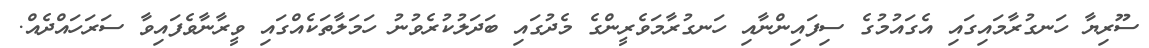
ސޫރިޔާ ހަނގުރާމައިގައި އެގައުމުގެ ސިފައިންނާއި ހަނގުރާމަވެރީންގެ މެދުގައި ބަދަލުކުރެވުނު ހަމަލާތަކެއްގައި ވީރާނާވެފައިވާ ސަރަހައްދެއް.